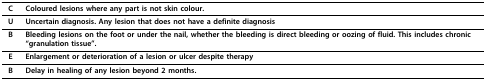
<table><thead><tr><td><b>C</b></td><td><b>Coloured lesions where any part is not skin colour.</b></td></tr></thead><tbody><tr><td><b>U</b></td><td><b>U</b>ncertain diagnosis. Any lesion that does not have a definite diagnosis</td></tr><tr><td><b>B</b></td><td><b>B</b>leeding lesions on the foot or under the nail, whether the bleeding is direct bleeding or oozing of fluid. This includes chronic &quot;granulation tissue&quot;.</td></tr><tr><td><b>E</b></td><td><b>E</b>nlargement or deterioration of a lesion or ulcer despite therapy</td></tr><tr><td><b>B</b></td><td><b>D</b>elay in healing of any lesion beyond 2 months.</td></tr></tbody></table>